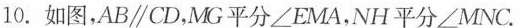
10.如图，AB\parallel CD，MG平分∠EMA，NH平分∠MNC。